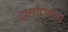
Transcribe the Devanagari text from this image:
दामोदरगुप्त।